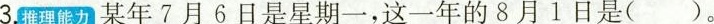
3.推理能力某年7月6日是星期一，这一年的8月1日是( )。